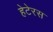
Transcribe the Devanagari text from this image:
हेटेरस